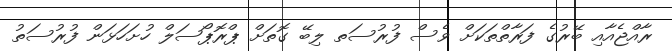
ރާއްޖެއާއި ބޭރުގެ ފަރާތްތަކަށް ވެސް ފުރުސަތ ލިބޭ ގޮތަށް ޕްރޮޕޯސަލް ހުށަހަޅަން ފުރުސަތު